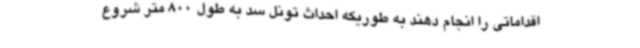
اقداماتی را انجام دهند به طوریکه احداث تونل سد به طول 800 متر شروع